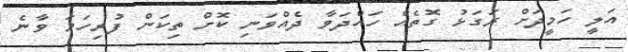
އަލީ ހަމީދަށް ރަގަޅު ގޮތެއް ހައްދަވާ ދެއްވަނި ކޮށް ތިކަން ފުރިހަމަ ވާނެ